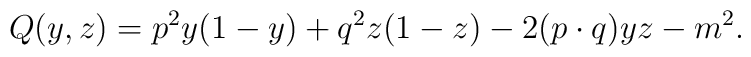
Q(y,z)=p^2y(1-y)+q^2z(1-z)-2(p\cdot q)yz-m^2.